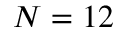
N = 1 2